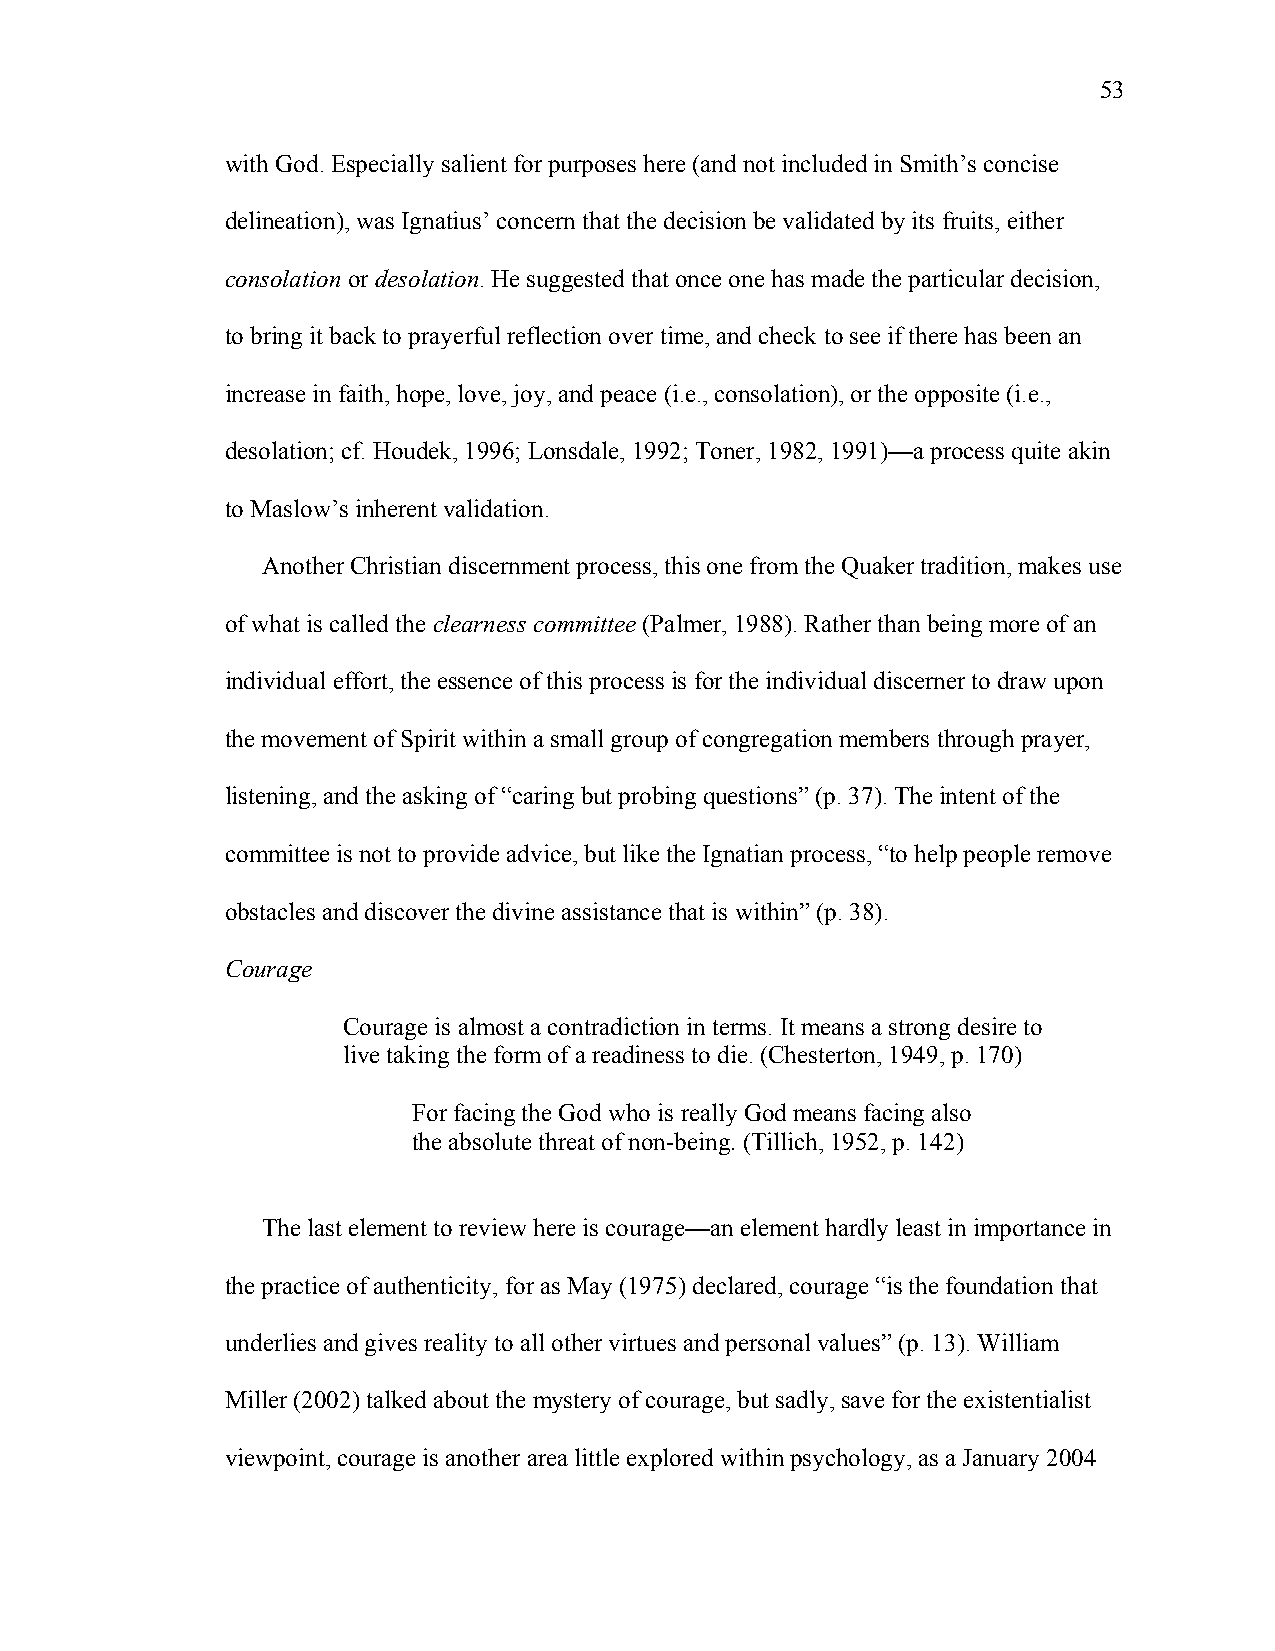
53
 with God. Especially salient for purposes here (and not included in Smith’s concise
 delineation), was Ignatius’ concern that the decision be validated by its fruits, either
 consolation or desolation. He suggested that once one has made the particular decision,
 to bring it back to prayerful reflection over time, and check to see if there has been an
 increase in faith, hope, love, joy, and peace (i.e., consolation), or the opposite (i.e.,
 desolation; cf. Houdek, 1996; Lonsdale, 1992; Toner, 1982, 1991)—a process quite akin
 to Maslow’s inherent validation.
 Another Christian discernment process, this one from the Quaker tradition, makes use
 of what is called the clearness committee (Palmer, 1988). Rather than being more of an
 individual effort, the essence of this process is for the individual discerner to draw upon
 the movement of Spirit within a small group of congregation members through prayer,
 listening, and the asking of “caring but probing questions” (p. 37). The intent of the
 committee is not to provide advice, but like the Ignatian process, “to help people remove
 obstacles and discover the divine assistance that is within” (p. 38).
 Courage
 Courage is almost a contradiction in terms. It means a strong desire to
 live taking the form of a readiness to die. (Chesterton, 1949, p. 170)
 For facing the God who is really God means facing also
 the absolute threat of non-being. (Tillich, 1952, p. 142)
 The last element to review here is courage—an element hardly least in importance in
 the practice of authenticity, for as May (1975) declared, courage “is the foundation that
 underlies and gives reality to all other virtues and personal values” (p. 13). William
 Miller (2002) talked about the mystery of courage, but sadly, save for the existentialist
 viewpoint, courage is another area little explored within psychology, as a January 2004